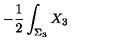
- { \frac { 1 } { 2 } } \int _ { \Sigma _ { 3 } } X _ { 3 }